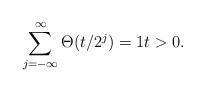
LaTeX: \begin{align*}\sum_{j=-\infty}^{\infty}\Theta(t/2^j)=1 t>0.\end{align*}